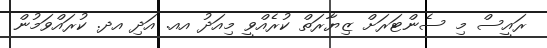
ރައީސް މި ސެންޓަރަށް ޒިޔާރަތް ކުރެއްވީ މިއަދު އއ. އަދި އދ. ކުރައްވަމުން